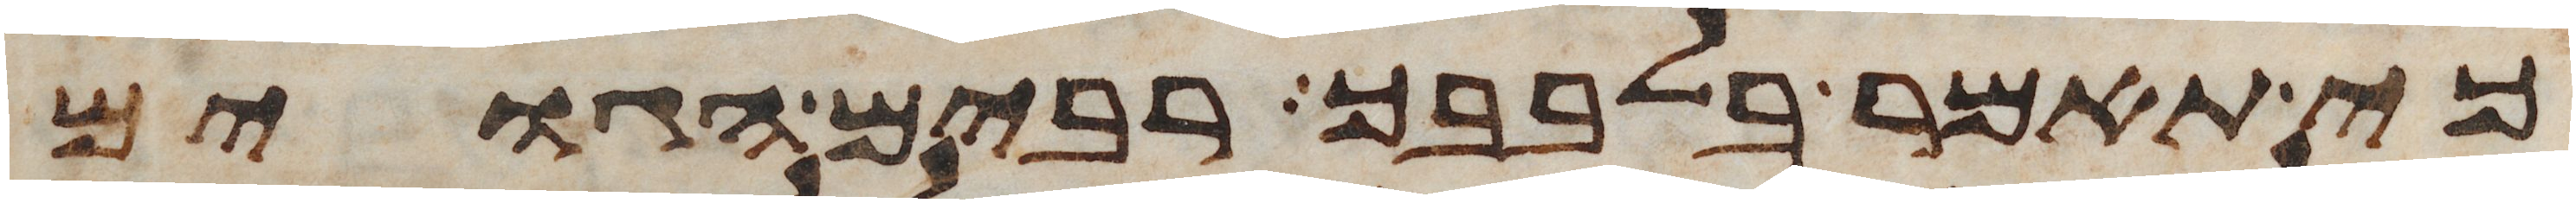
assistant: כי תאמר בלבבך רבים הגוים